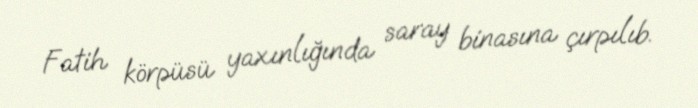
Fatih körpüsü yaxınlığında saray binasına çırpılıb.